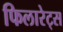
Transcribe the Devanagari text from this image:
फिलारेट्स